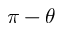
\pi - \theta